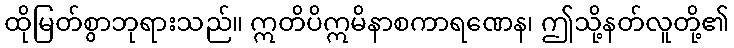
ထိုမြတ်စွာဘုရားသည်။ ဣတိပိဣမိနာစကာရဏေန၊ ဤသို့နတ်လူတို့၏